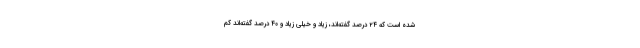
شده است که ۲۴ درصد گفته‌اند، زیاد و خیلی زیاد و ۴۰ درصد گفته‌اند کم